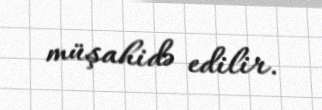
müşahidə edilir.